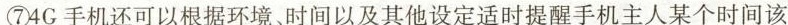
⑦4G手机还可以根据环境时间以及其他设定适时提醒手机主人某个时间该